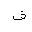
Letter: _fa